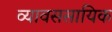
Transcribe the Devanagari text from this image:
व्यावससायिक